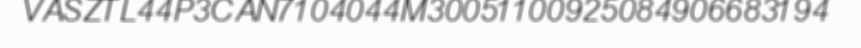
VASZTL44P3CAN7104044M30051100925084906683194